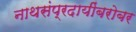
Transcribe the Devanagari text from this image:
नाथसंप्रदायींबरोबर